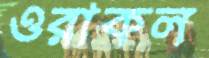
ওরাকল